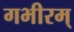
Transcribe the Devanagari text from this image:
गभीरम्